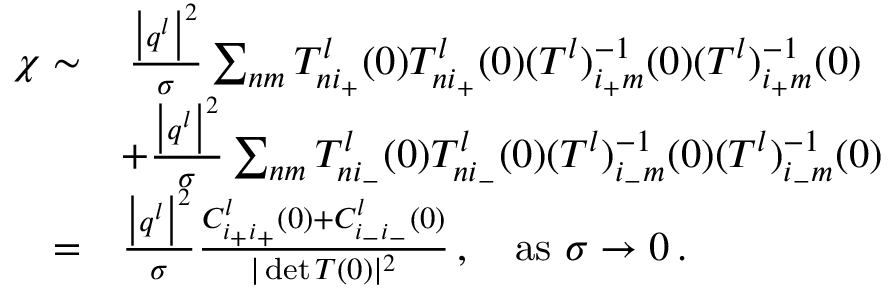
\begin{array} { r l } { \chi \sim } & { \, \frac { \big \vert \boldsymbol { q } ^ { l } \big \vert ^ { 2 } } { \sigma } \sum _ { n m } { T _ { n i _ { + } } ^ { l } ( 0 ) T _ { n i _ { + } } ^ { l } ( 0 ) ( T ^ { l } ) _ { i _ { + } m } ^ { - 1 } ( 0 ) ( T ^ { l } ) _ { i _ { + } m } ^ { - 1 } ( 0 ) } } \\ & { + \frac { \big \vert \boldsymbol { q } ^ { l } \big \vert ^ { 2 } } { \sigma } \sum _ { n m } { T _ { n i _ { - } } ^ { l } ( 0 ) T _ { n i _ { - } } ^ { l } ( 0 ) ( T ^ { l } ) _ { i _ { - } m } ^ { - 1 } ( 0 ) ( T ^ { l } ) _ { i _ { - } m } ^ { - 1 } ( 0 ) } } \\ { = } & { \frac { \big \vert \boldsymbol { q } ^ { l } \big \vert ^ { 2 } } { \sigma } \frac { C _ { i _ { + } i _ { + } } ^ { l } ( 0 ) + C _ { i _ { - } i _ { - } } ^ { l } ( 0 ) } { \vert \operatorname* { d e t } T ( 0 ) \vert ^ { 2 } } \, , ~ ~ ~ \mathrm { a s } ~ \sigma \rightarrow 0 \, . } \end{array}